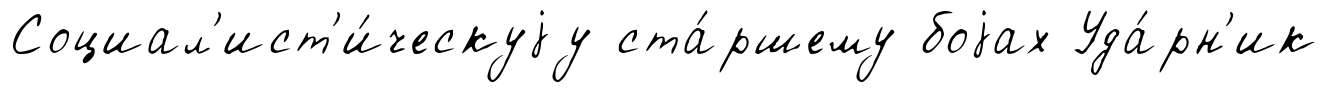
Социал'ист'и́ческуjу ста́ршему боjах Уда́рн'ик